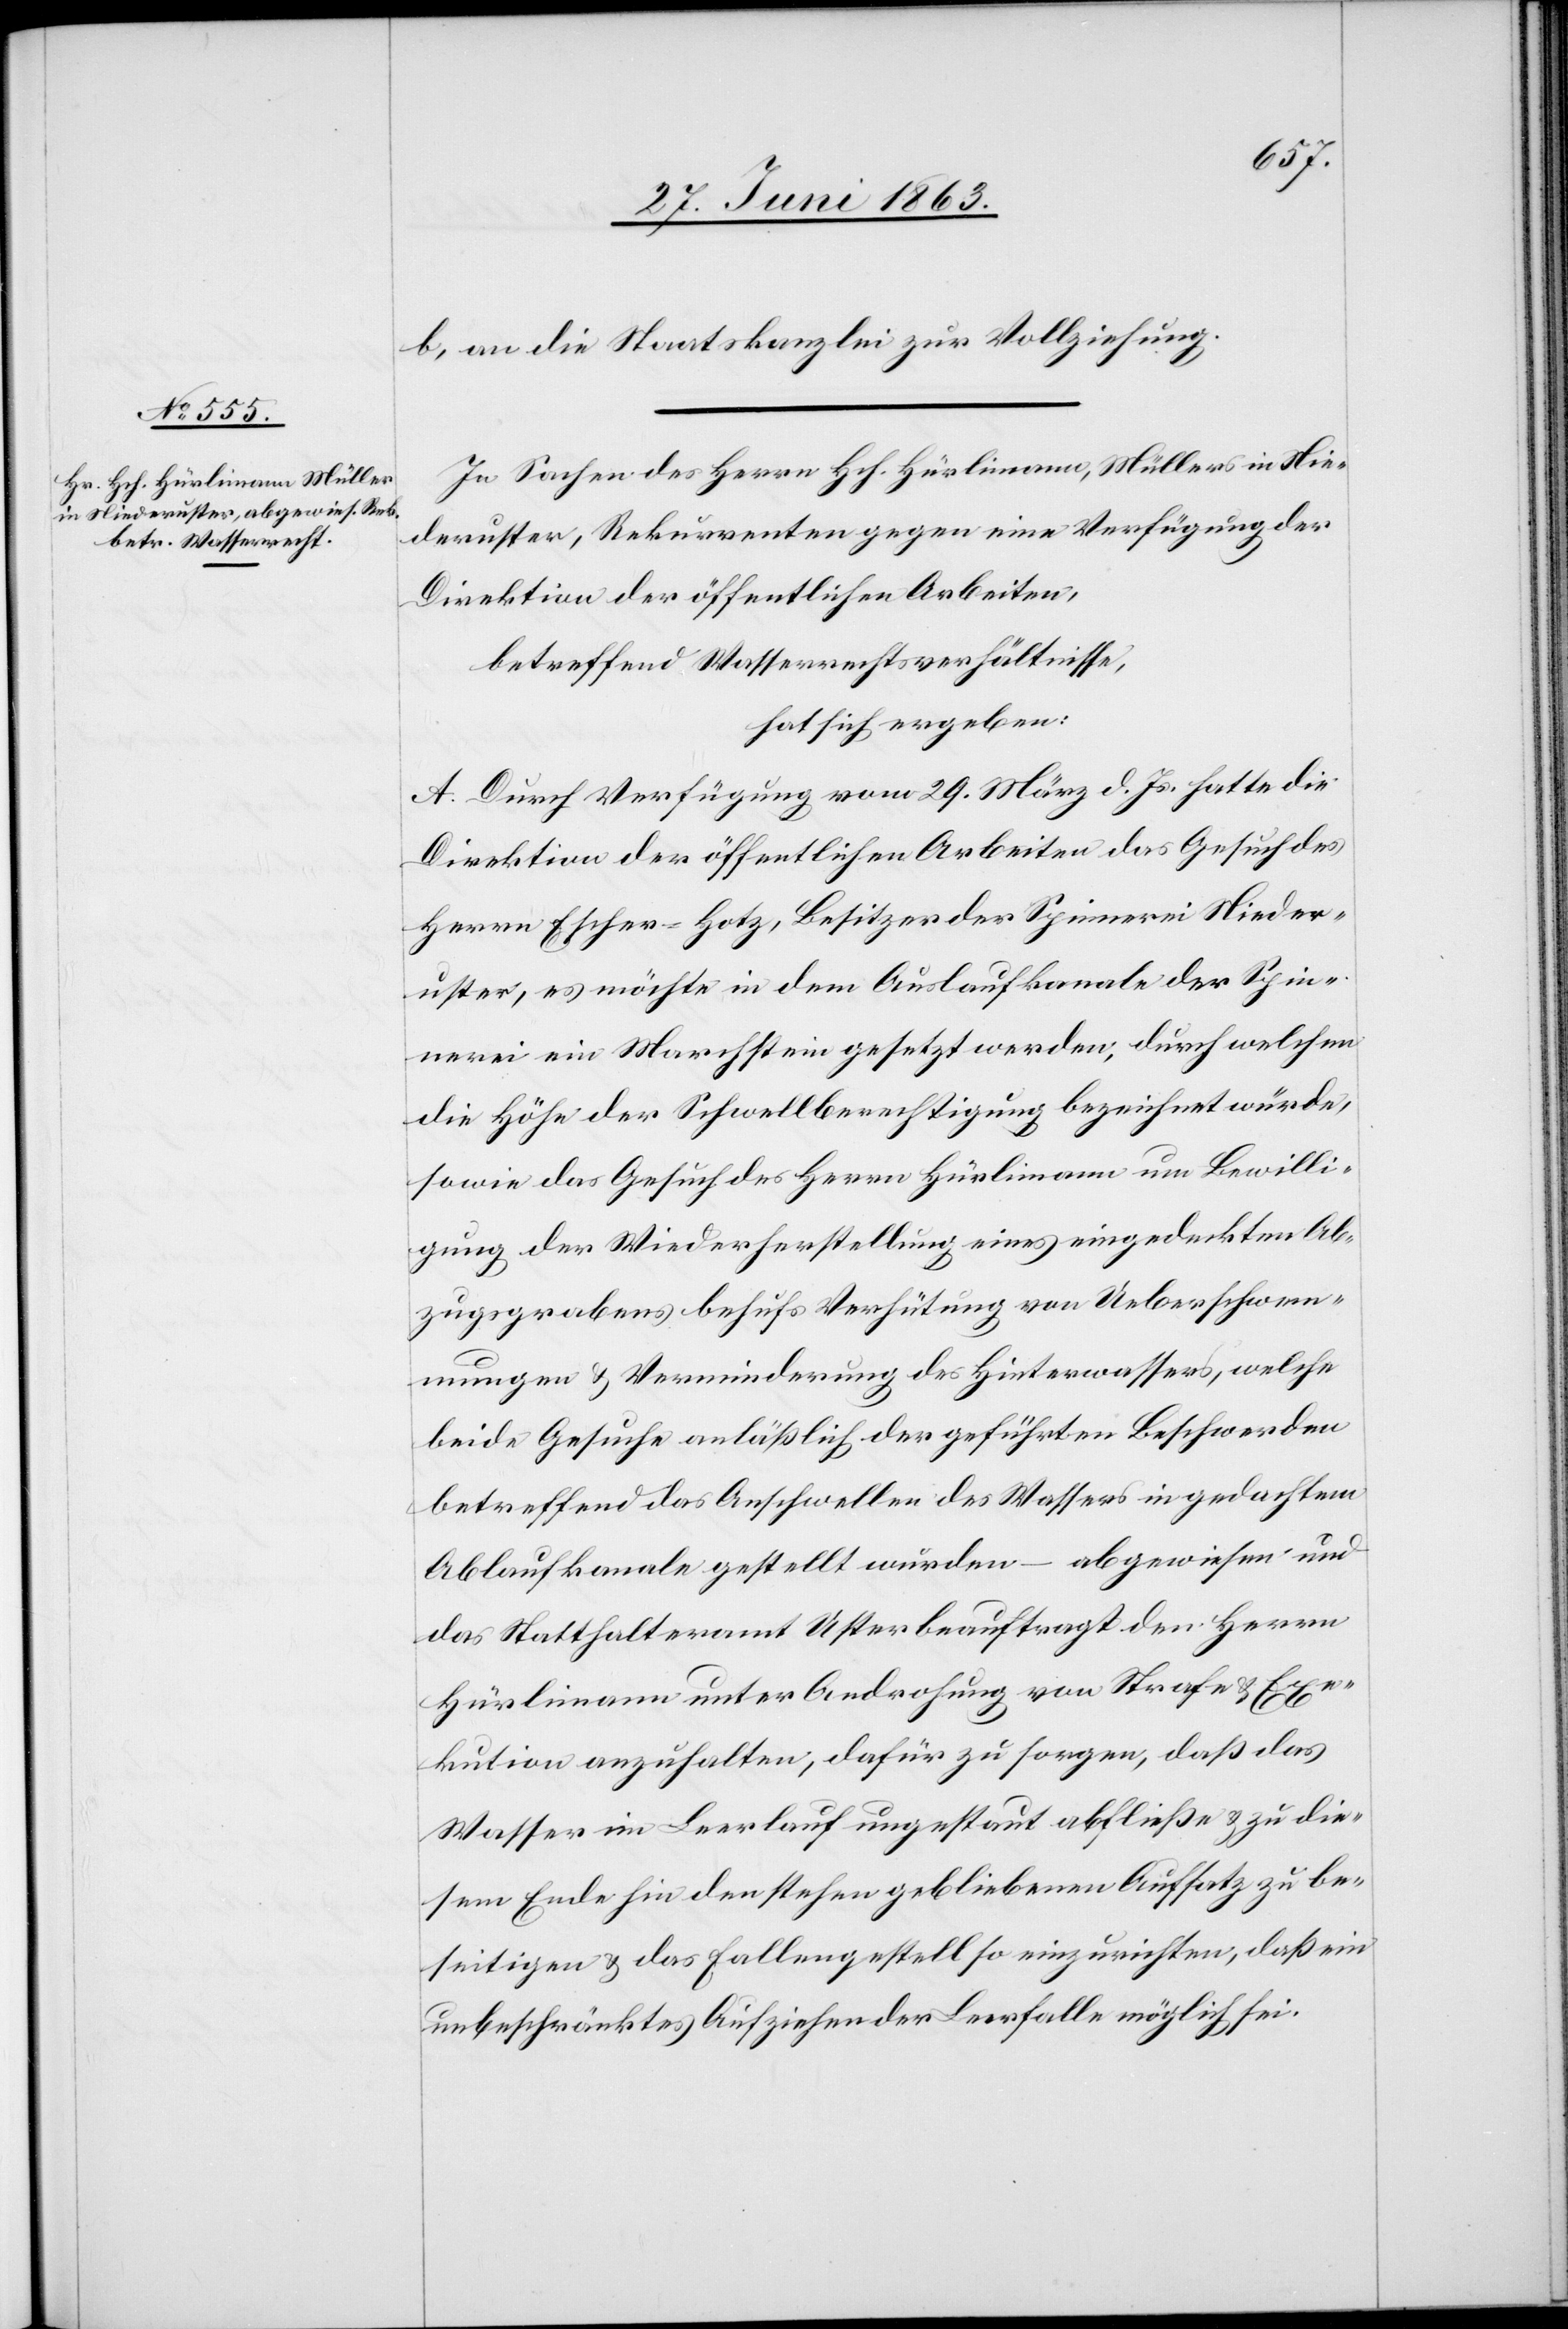
b) an die Staatskanzlei zur Vollziehung.
In Sachen des Herrn Hch. Hürlimann, Müllers in Nie¬
deruster, Rekurrenten gegen eine Verfügung der
Direktion der öffentlichen Arbeiten,
betreffend Wasserrechtsverhältnisse,
hat sich ergeben:
A. Durch Verfügung vom 29. März d. Js. hatte die
Direktion der öffentlichen Arbeiten das Gesuch des
Herrn Escher-Hotz, Besitzer der Spinnerei Nieder¬
uster, es möchte in dem Auslaufkanale der Spin¬
nerei ein Marchstein gesetzt werden, durch welchen
die Höhe der Schwellberechtigung bezeichnet würde,
sowie das Gesuch des Herrn Hürlimann um Bewilli¬
gung der Wiederherstellung eines eingedeckten Ab¬
zugsgrabens behufs Verhütung von Ueberschwem¬
mungen & Verminderung des Hinterwassers, welche
beide Gesuche anläßlich der geführten Beschwerden
betreffend das Anschwellen des Wassers in gedachtem
Ablaufkanale gestellt wurden – abgewiesen und
das Statthalteramt Uster beauftragt, den Herrn
Hürlimann unter Androhung von Strafe & Exe¬
kution anzuhalten, dafür zu sorgen, daß das
Wasser im Leerlauf ungestaut abfließe & zu die¬
sem Ende hin den stehen gebliebenen Aufsatz zu be¬
seitigen & das Fallengestell so einzurichten, daß ein
unbeschränktes Aufziehen der Leerfalle möglich sei.